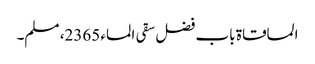
المساقاۃ باب فضل سقی الماء 2365، مسلم۔